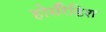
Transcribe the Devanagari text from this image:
होर्सरैडिश